Vaccination United Provinces of Agra and Oudh 1902-1913 - 1902-1913
Year: 1902
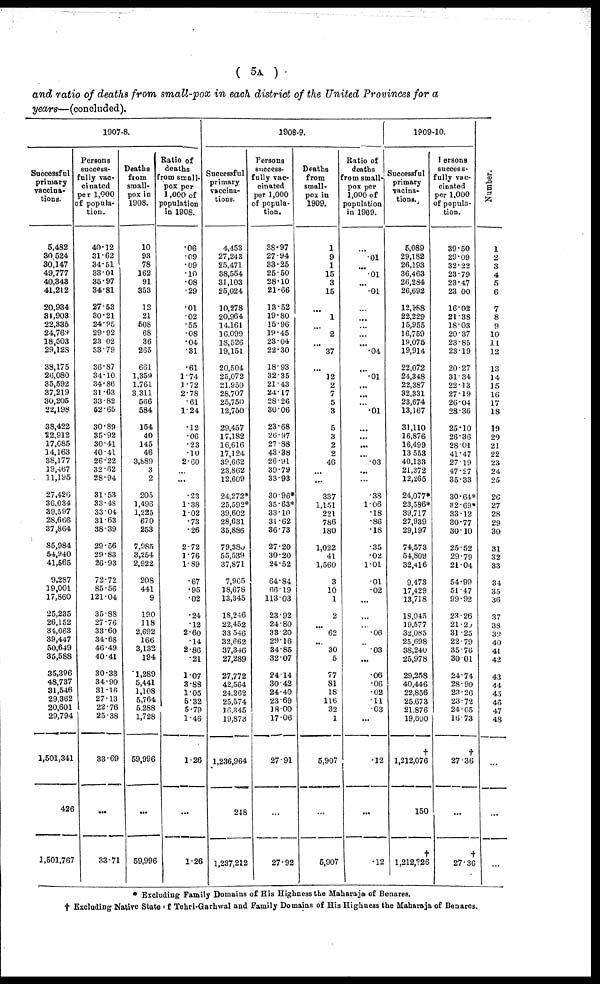
( 5A )
and ratio of deaths from small-pox in each district of the United Provinces for a
years—(concluded).
1907-8.
Successful
primary
vaccina-
tions.
5,482
30,524
30,147
49,777
40,343
41,212
20,934
31,903
22,335
24,769
18,503
29,128
38,175
26,080
35,592
37,219
30,205
22,198
38,422
22,912
17,685
14,163
38,177
19,467
11,195
27,426
36,034
39,597
28,666
37,864
85,984
54,940
41,665
9,287
19,001
17,860
25,235
26,152
34,063
39,447
50,649
35,588
35,396
48,737
31,546
29,362
20,601
29,794
1,501,341
426
1,501,767
Persons
success-
fully vac-
cinated
per 1,000
of popula-
tion.
40.12
31.62
34.51
33.01
35.97
34.81
27.53
30.21
24.95
29.92
23.02
33.79
36.87
34.10
34.86
31.63
33.82
52.65
30.89
35.92
30.41
40.41
26.22
32.62
28.94
31.53
33.48
33.04
31.63
38.39
29.56
29.83
26.93
72.72
85.56
121.04
35.88
27.76
33.60
34.68
46.49
40.41
30.33
34.90
31.16
27.13
22.76
25.38
33.69
...
33.71
Deaths
from
small-
pox in
1908.
10
93
78
162
91
353
12
21
508
68
36
265
661
1,359
1,761
3,311
566
584
154
40
145
46
3,889
3
2
205
1,496
1,225
670
253
7,985
3,254
2,922
208
441
9
190
118
2,692
166
3,132
194
1,289
5,441
1,108
5,764
5,288
1,728
59,996
...
59,996
Ratio of
deaths
from small-
pox per
1,000 of
population
in 1908.
.06
.09
.09
.10
.08
.29
.01
.02
.55
.08
.04
.31
.61
1.74
3.72
2.78
.61
124
.12
.06
.23
10
2.60
...
...
.23
1.38
1.02
.73
.26
2.72
1.76
1.89
.67
.95
.02
.24
.12
2.60
.14
2.86
.21
1.07
3.88
1.05
5.32
5.79
1.46
1.26
...
1.26
1908-9.
Successful
primary
vaccina-
tions.
4,453
27,243
25,471
38,554
31,103
25,024
10,278
20,964
14,161
16,099
18,526
19,151
20,504
25,072
21,950
28,707
25,750
12,750
29,457
17,182
16,616
17,124
39,662
23,862
12,609
24,272*
25,592*
39,602
28,631
35,886
79,380
55,539
37,871
7,965
18,678
13,345
18,246
22,452
33,546
32,662
37,346
27,289
27,772
42,564
24,262
25,574
16,345
19,873
1,236,964
248
1,237,212
Persons
success-
fully vac-
cinated
per 1,000
of popula-
tion.
38.97
27.94
33.25
25.50
28.10
21.66
13.52
19.80
15.96
19.45
23.04
22.30
18.93
32.35
21.43
24.17
28.26
30.06
23.68
26.97
27.88
43.38
26.91
39.79
33.93
30.96*
35.63*
33.10
31.62
36.73
27.20
30.20
24.52
64.84
66.19
113.03
23.92
24.80
33.20
29.16
34.85
32.07
24.14
30.42
24.40
23.69
18.00
17.06
27.91
...
27.92
Deaths
from
small-
pox in
1909.
1
9
1
15
3
15
...
1
...
2
...
37
...
12
2
7
5
3
5
3
2
2
46
...
...
337
1,151
221
786
180
1,022
41
1,560
3
10
1
2
...
62
...
30
5
77
81
18
116
32
1
5,907
...
5,907
Ratio of
deaths
from small-
pox per
1,000 of
population
in 1909.
...
.01
...
.01
...
.01
...
...
...
...
...
.04
...
.01
...
...
...
.01
...
...
...
...
.03
...
...
.38
1.06
.18
.86
.18
.35
.02
1.01
.01
.02
...
...
...
.06
...
.03
...
.06
.06
.02
.11
.03
...
.12
...
.12
1909-10.
Successful
primary
vacina-
tions.
5,089
29,182
26,193
36,463
26,284
26,692
12,188
22,229
15,955
16,759
19,075
19,914
22,072
24,348
22,387
32,331
23,674
13,167
31,110
16,876
16,499
13,553
40,133
21,372
12,265
24,077*
23,586*
39,717
27,939
29,197
74,573
54,809
32,416
9,473
17,429
13,718
18,045
19,577
32,085
25,698
38,240
25,978
29,258
40,446
22,856
25,673
21,876
19,600
†
1,212,076
150
†
1,212,226
Persons
success-
fully vac-
cinated
per 1,000
of popula-
tion.
39.50
29.09
32.22
23.79
23.47
23.00
16.02
21.38
18.03
20.37
23.85
23.19
20.27
31.34
22.13
27.19
26.04
28.36
25.10
26.36
28.01
41.47
27.19
47.27
35.33
30.64*
32.69*
33.12
30.77
30.10
25.52
29.79
21.04
54.99
51.47
99.92
23.26
21.20
31.25
22.79
35.76
30.01
24.74
28.90
23.26
23.72
24.05
16.73
†
27.36
...
†
27.36
Number.
1
2
3
4
5
6
7
8
9
10
11
12
13
14
15
16
17
18
19
20
21
22
23
24
25
26
27
28
29
30
31
32
33
34
35
36
37
38
39
40
41
42
43
44
45
46
47
48
...
...
...
* Excluding Family Domains of His Highness the Maharaja of Benares.
† Excluding Native State of Tehri-Garhwal and family Domains of His Highness the Maharaja of Benares.